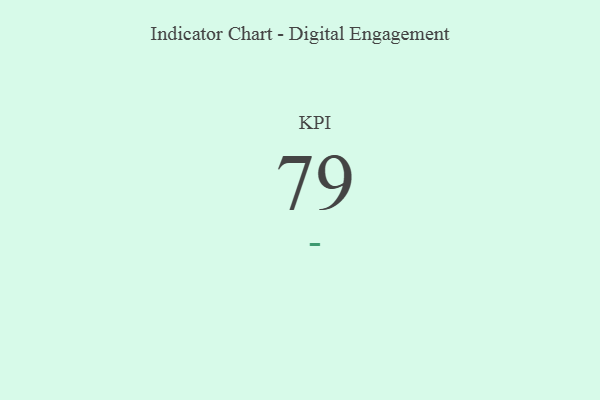
{"axis": {"x": "KPI", "y": "Value"}, "legend": [""], "data": [{"x": "KPI", "y": 79, "type": ""}]}